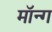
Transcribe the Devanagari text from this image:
मॉन्ग